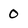
Character: 0